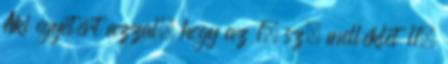
Aki egyetért azzal, hogy az 1. sz. melléklet 11.